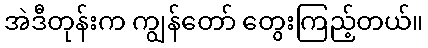
အဲဒီတုန်းက ကျွန်တော် တွေးကြည့်တယ်။